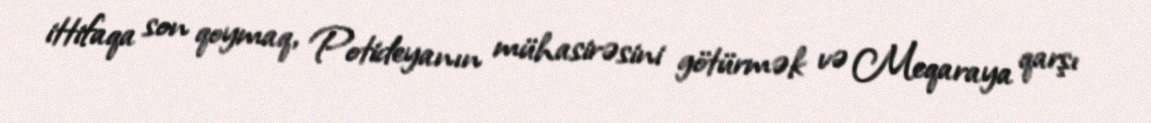
ittifaqa son qoymaq, Potideyanın mühasirəsini götürmək və Meqaraya qarşı